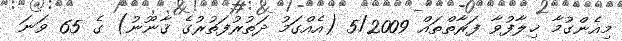
މިއެންގުމާ ޚިލާފުވާ ފަރާތްތައް 5/2009 (އެއްގަމު ދަތުރުފަތުރުގެ ޤާނޫނު) ގެ 65 ވަނަ